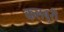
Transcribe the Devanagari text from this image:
कलबुरी